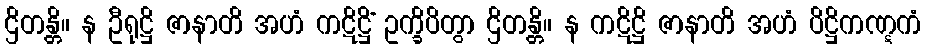
ဌိတန္တိ။ န ဦရုဋ္ဌိ ဇာနာတိ အဟံ ကဋိဋ္ဌိံ ဥက္ခိပိတွာ ဌိတန္တိ။ န ကဋိဋ္ဌိ ဇာနာတိ အဟံ ပိဋ္ဌိကဏ္ဋကံ